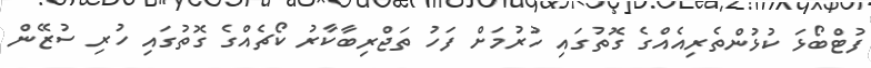
ފުޓްބޯޅަ ކުޅުންތެރިއެއްގެ ގޮތުގައި ހުރުމަށް ފަހު ތަޖްރިބާކާރު ކޯޗެއްގެ ގޮތުގައި ހުރި ސުޒޭން